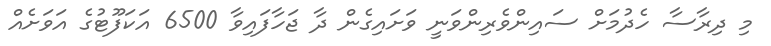
މި ދިރާސާ ހެދުމަށް ސައިންވެރިންވަނީ ވަށައިގެން ދާ ޖަހާފައިވާ 6500 އަކަފޫޓުގެ އަވަށެއް